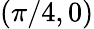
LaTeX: (\pi/4,0)